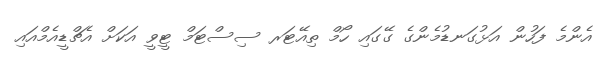
އެންމެ ފަހުން އަޅުގަނޑުމެންގެ ގޭގައި ހޯމް ތިއޭޓަރ ސިސްޓަމް ޓީވީ އަކަށް އެޗްޑީއެމްއައި